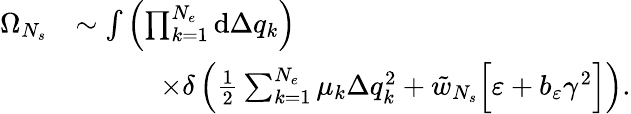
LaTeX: \begin{array}{rl}{\Omega_{N_{s}}}&{\sim\int{\left(\prod_{k=1}^{N_{e}}{\mathrm{d}\Delta q_{k}}\right)}}\\ &{\qquad\quad\times\delta\left(\frac{1}{2}\sum_{k=1}^{N_{e}}{\mu_{k}\Delta q_{k}^{2}}+\tilde{w}_{N_{s}}\Big[\varepsilon+b_{\varepsilon}\gamma^{2}\Big]\right).}\end{array}